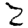
Digit: 2